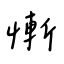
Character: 慚